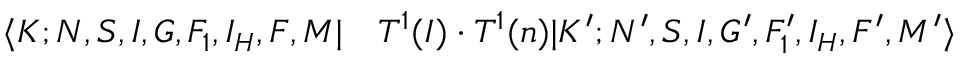
\begin{array} { r l } { \langle K ; N , S , I , G , F _ { 1 } , I _ { H } , F , M | } & { { } T ^ { 1 } ( I ) \cdot T ^ { 1 } ( n ) | K ^ { \prime } ; N ^ { \prime } , S , I , G ^ { \prime } , F _ { 1 } ^ { \prime } , I _ { H } , F ^ { \prime } , M ^ { \prime } \rangle } \end{array}